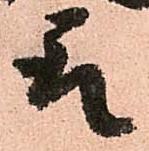
取